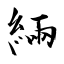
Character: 緉